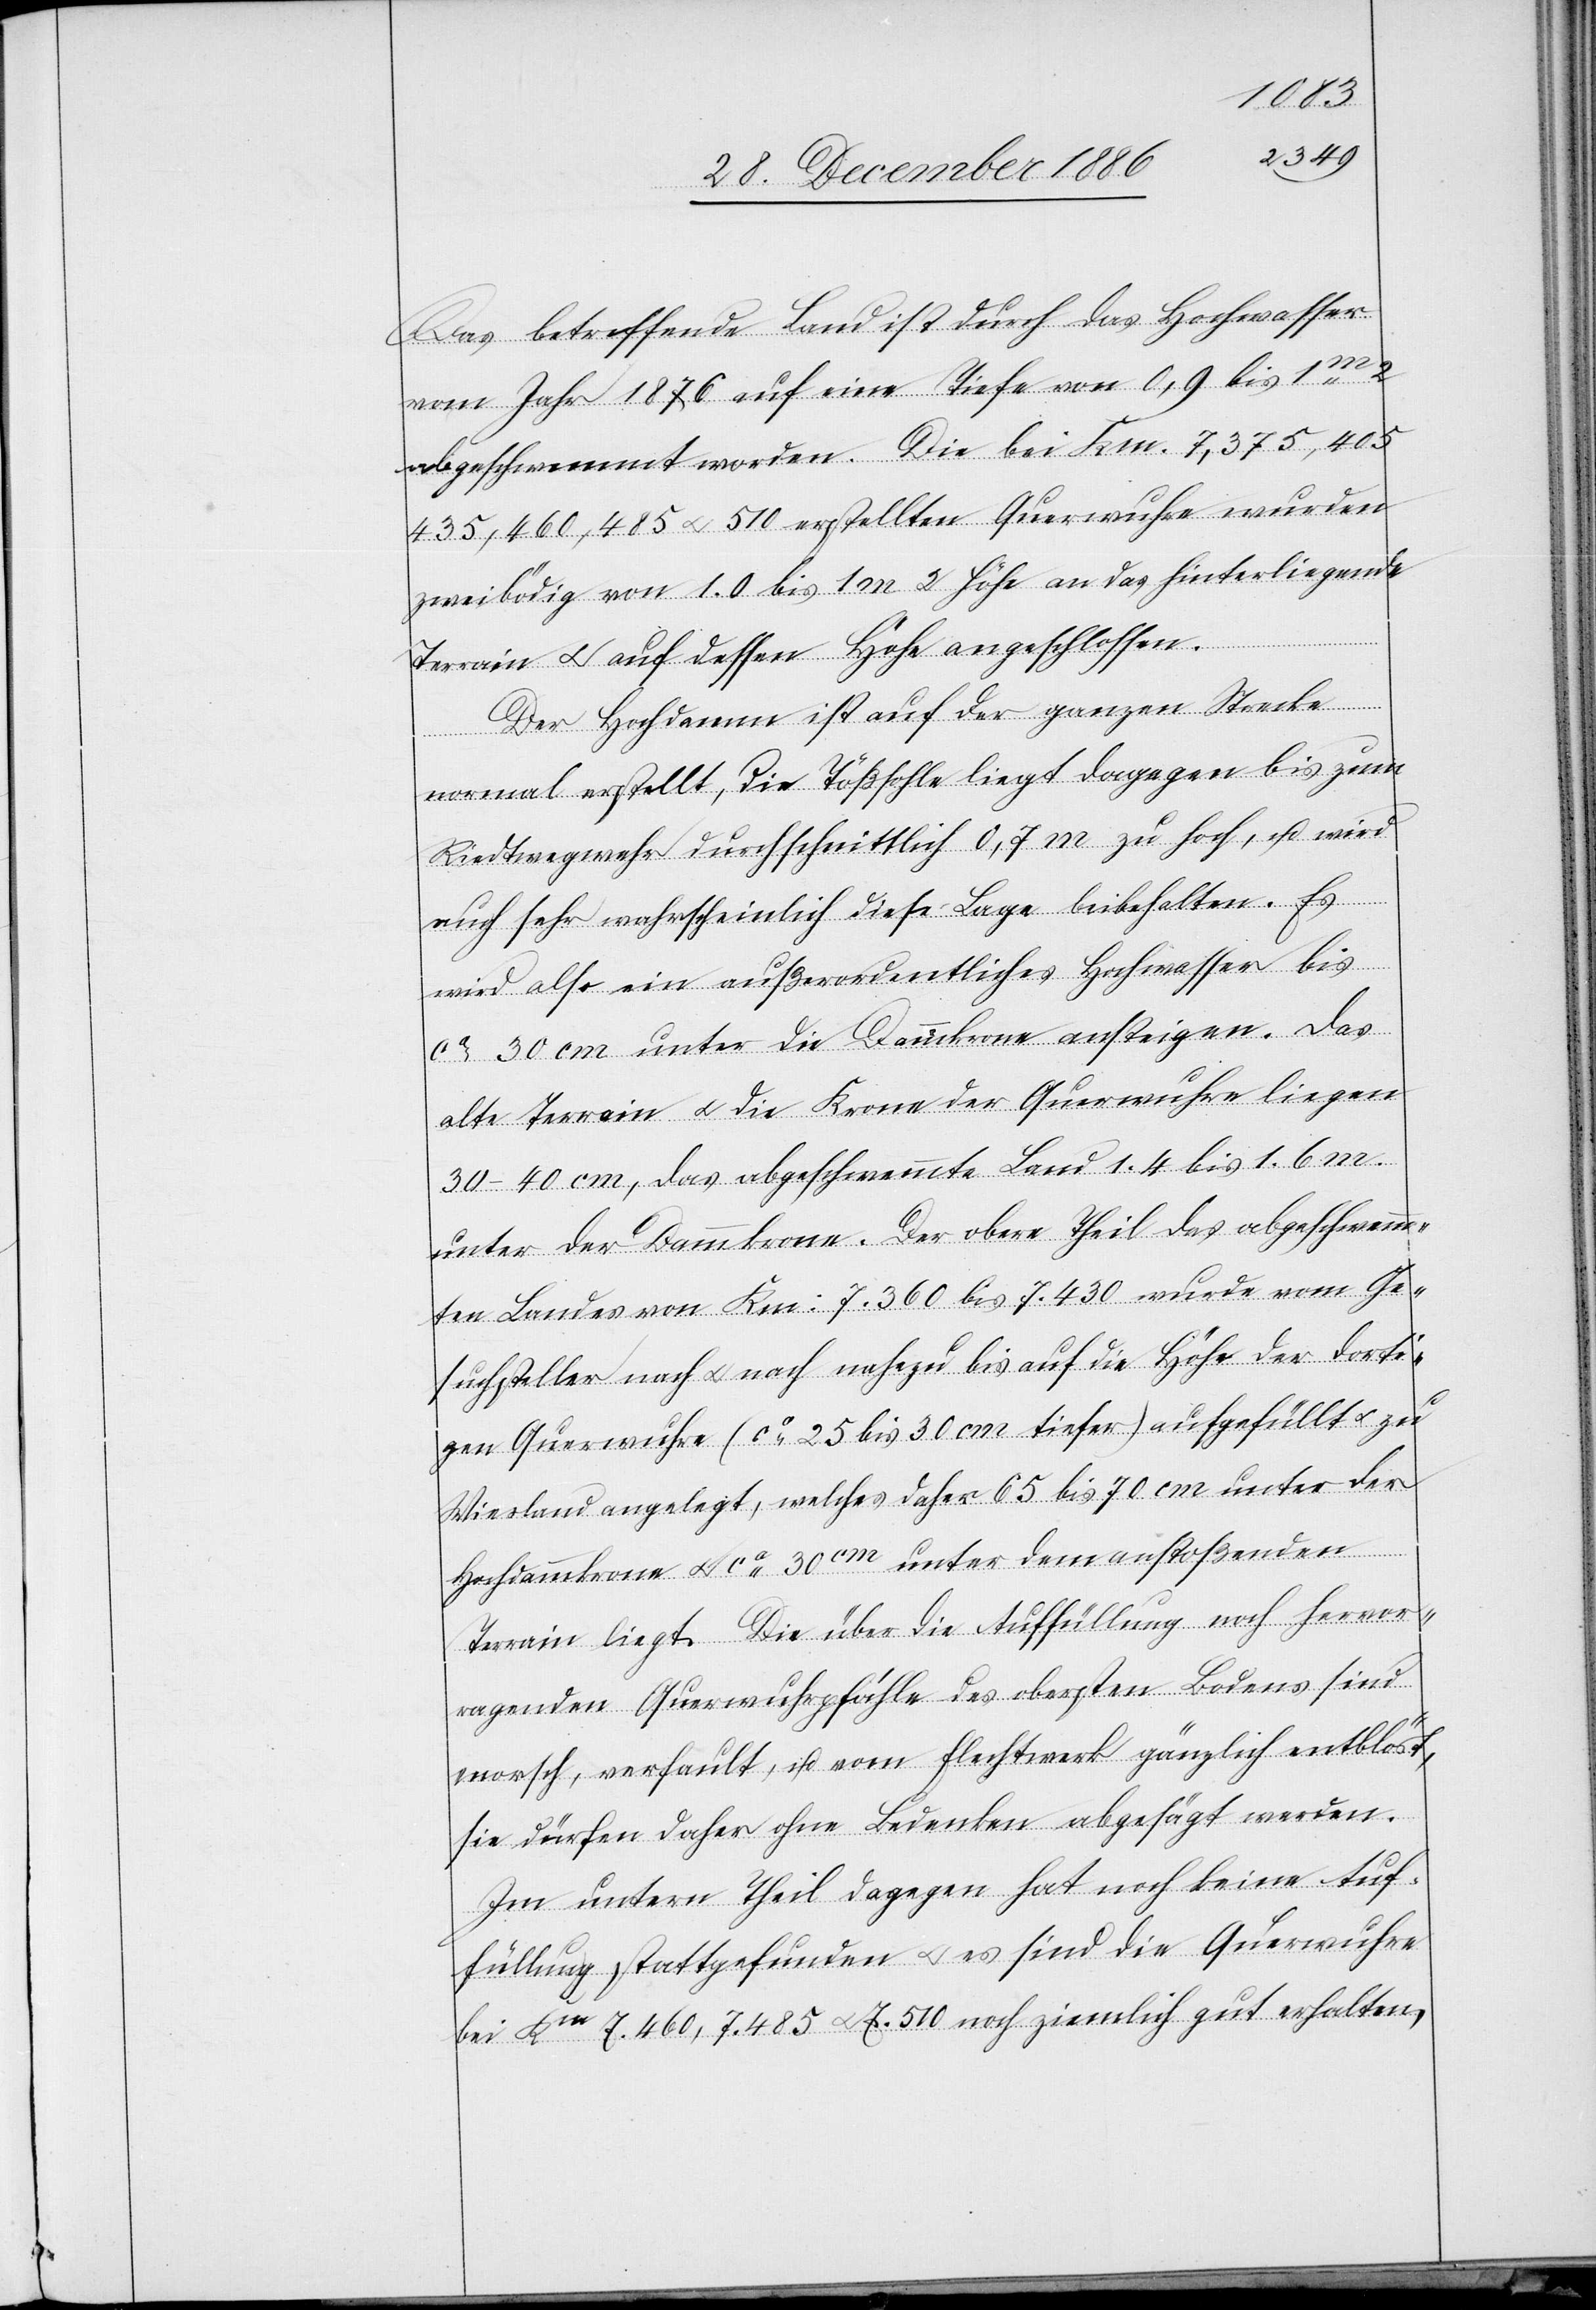
Das betreffende Land ist durch das Hochwasser
vom Jahr 1876 auf eine Tiefe von 0,9 bis 1m2
abgeschwemmt worden. Die bei Km. 7,375,405
435, 460, 485 & 510 erstellten Querwuhre wurden
zweibödig von 1.0 bis 1 m 2 Höhe [sic!] an das hinterliegende
Terrain & auf dessen Höhe angeschlossen.
Der Hochdamm ist auf der ganzen Strecke
normal erstellt, die Tößsohle liegt dagegen bis zum
Riedtwegwehr durchschnittlich 0,7 m zu hoch, u. wird
auch sehr wahrscheinlich diese Lage beibehalten. Es
wird also ein außerordentliches Hochwasser bis
ca 30 cm unter die Dammkrone ansteigen. Das
alte Terrain & die Krone der Querwuhre liegen
30–40 cm, das abgeschwemmte Land 1.4 bis 1.6 m.
unter der Dammkrone. Der obere Theil des abgeschwemm¬
ten Landes von Km: 7.360 bis 7.340 wurde vom Ge¬
suchsteller nach & nach nahezu bis auf die Höhe der dorti¬
gen Querwuhre (ca 25 bis 30 cm tiefer) aufgefüllt & zu
Wiesland angelegt, welches daher 65 bis 70 cm unter der
Hochdammkrone & ca 30cm unter dem anstoßenden
Terrain liegt. Die über die Auffüllung noch hervor¬
ragenden Querwuhrpfähle des obersten Bodens sind
morsch, verfault, u. vom Flechtwerk gänzlich entblöst,
sie dürfen daher ohne Bedenken abgesägt werden.
Im untern Theil dagegen hat noch keine Auf¬
füllung stattgefunden & es sind die Querwuhre
bei Km 7.460, 7.485 & 7.510 noch ziemlich gut erhalten,